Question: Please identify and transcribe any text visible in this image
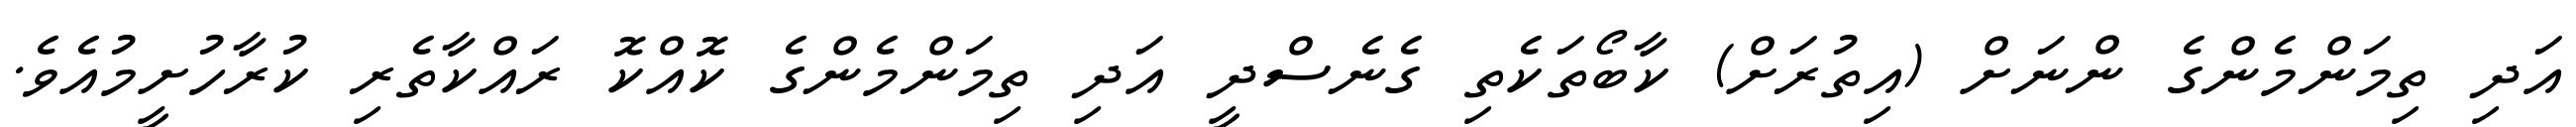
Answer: އަދި ތިމަންމެންގެ ންނަށް (އިތުރަށް) ކާބޯތަކެތި ގެނެސްދީ އަދި ތިމަންމެންގެ ކޮއްކޮ ރައްކާތެރި ކުރާހުށީމުއެވެ.